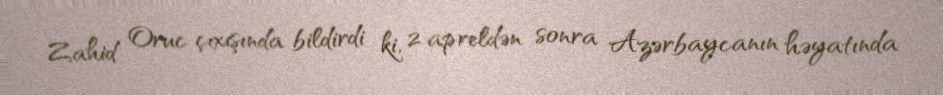
Zahid Oruc çıxışında bildirdi ki, 2 apreldən sonra Azərbaycanın həyatında